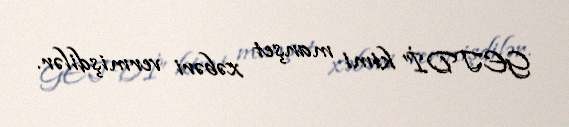
GETDİ” kimi manşet xəbəri vermişdilər.